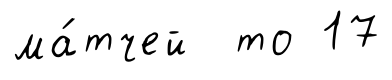
ма́тчей то 17